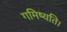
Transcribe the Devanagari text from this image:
गमिष्यति।